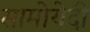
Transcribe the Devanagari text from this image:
सामोयेदी